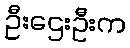
ဦးဌေးဦးက